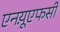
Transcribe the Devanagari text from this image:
एनय़ूएफसी